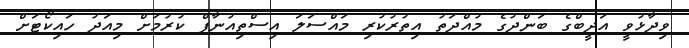
ވިދާޅުވީ އަދީބްގެ ބަންދުގެ މުއްދަތު އިތުރުކުރި މައްސަލަ އިސްތިއުނާފް ކުރުމަށް މިއަދު ހައިކޯޓަށް